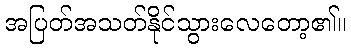
အပြတ်အသတ်နိုင်သွားလေတော့၏။